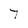
Character: 7